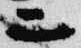
二